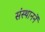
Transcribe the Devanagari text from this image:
संस्थाननें